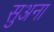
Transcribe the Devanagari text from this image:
सुअना